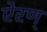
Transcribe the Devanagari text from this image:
ऐरण्